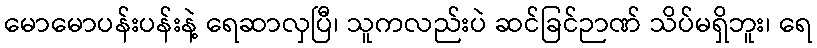
မောမောပန်းပန်းနဲ့ ရေဆာလှပြီ၊ သူကလည်းပဲ ဆင်ခြင်ဉာဏ် သိပ်မရှိဘူး၊ ရေ